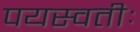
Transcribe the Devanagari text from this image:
पयस्वतीः